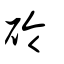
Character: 砱